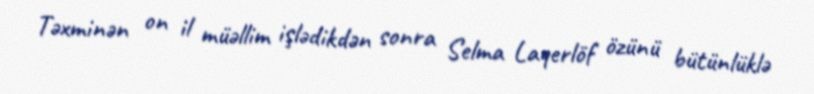
Təxminən on il müəllim işlədikdən sonra Selma Laqerlöf özünü bütünlüklə